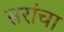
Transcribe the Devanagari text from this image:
सरांचा